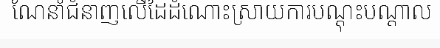
ណែនាំជំនាញលើដៃដំណោះស្រាយការបណ្តុះបណ្តាល